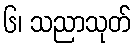
၆၊ သညာသုတ်